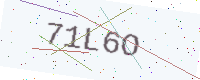
Text: 71L6O